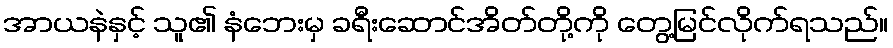
အာယနဲနှင့် သူ၏ နံဘေးမှ ခရီးဆောင်အိတ်တို့ကို တွေ့မြင်လိုက်ရသည်။